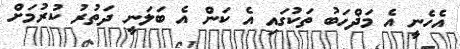
އެހެނީ އެ މަޛްހަބު ތަކުގައި އެ ކަން އެ ބަލަނީ ދަތުރު ކުރުމަށް